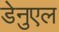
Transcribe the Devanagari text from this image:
डेनुएल